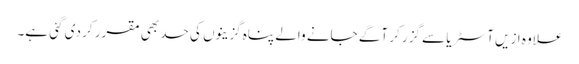
علاوہ ازیں آسٹریا سے گزر کر آگے جانے والے پناہ گزینوں کی حد بھی مقرر کر دی گئی ہے۔